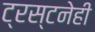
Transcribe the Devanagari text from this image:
ट्रस्टनेही